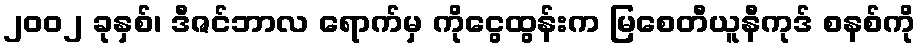
၂၀၀၂ ခုနှစ်၊ ဒီဇင်ဘာလ ရောက်မှ ကိုငွေထွန်းက မြစေတီယူနီကုဒ် စနစ်ကို